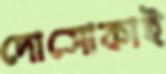
দোসোকাই